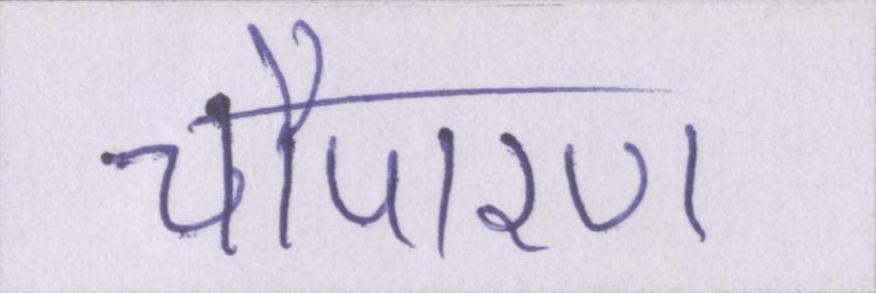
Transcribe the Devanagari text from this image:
चौपारण